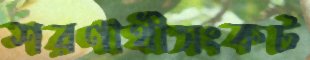
শরণার্থীসংকট